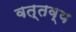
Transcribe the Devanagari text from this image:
वत्तव्य